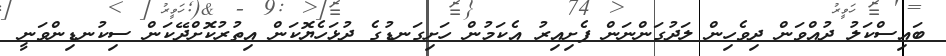
ބައިސްކަލު ދުއްވަން ދިވެހިން ލަދުގަންނަން ފެށިއިރު އެކަމުން ހަށިގަނޑުގެ ދުޅަހެޔޮކަން އިތުރުކޮށްދޭކަން ސިކުނޑިންވަނީ